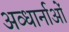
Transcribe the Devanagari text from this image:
अव्धार्नाओं